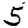
Digit: 5